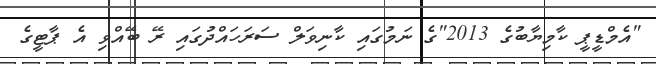
"އެމްޑީޕީ ކާމިޔާބުގެ 2013"ގެ ނަމުގައި ކާނިވަލް ސަރަހައްދުގައި ރޭ ބޭއްވި އެ ޕާޓީގެ